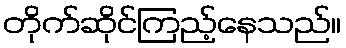
တိုက်ဆိုင်ကြည့်နေသည်။